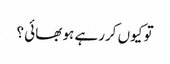
تو کیوں کررہے ہو بھائی ؟